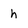
Character: h